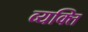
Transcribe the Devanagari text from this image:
व्‍यक्‍ति